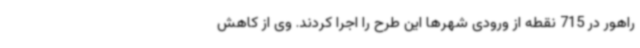
راهور در 715 نقطه از ورودی شهرها این طرح را اجرا کردند. وی از کاهش